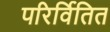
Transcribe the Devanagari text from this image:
परिर्वितित